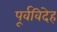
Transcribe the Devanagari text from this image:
पूर्वविदेह